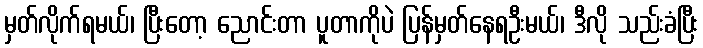
မှတ်လိုက်ရမယ်၊ ပြီးတော့ ညောင်းတာ ပူတာကိုပဲ ပြန်မှတ်နေရဦးမယ်၊ ဒီလို သည်းခံပြီး